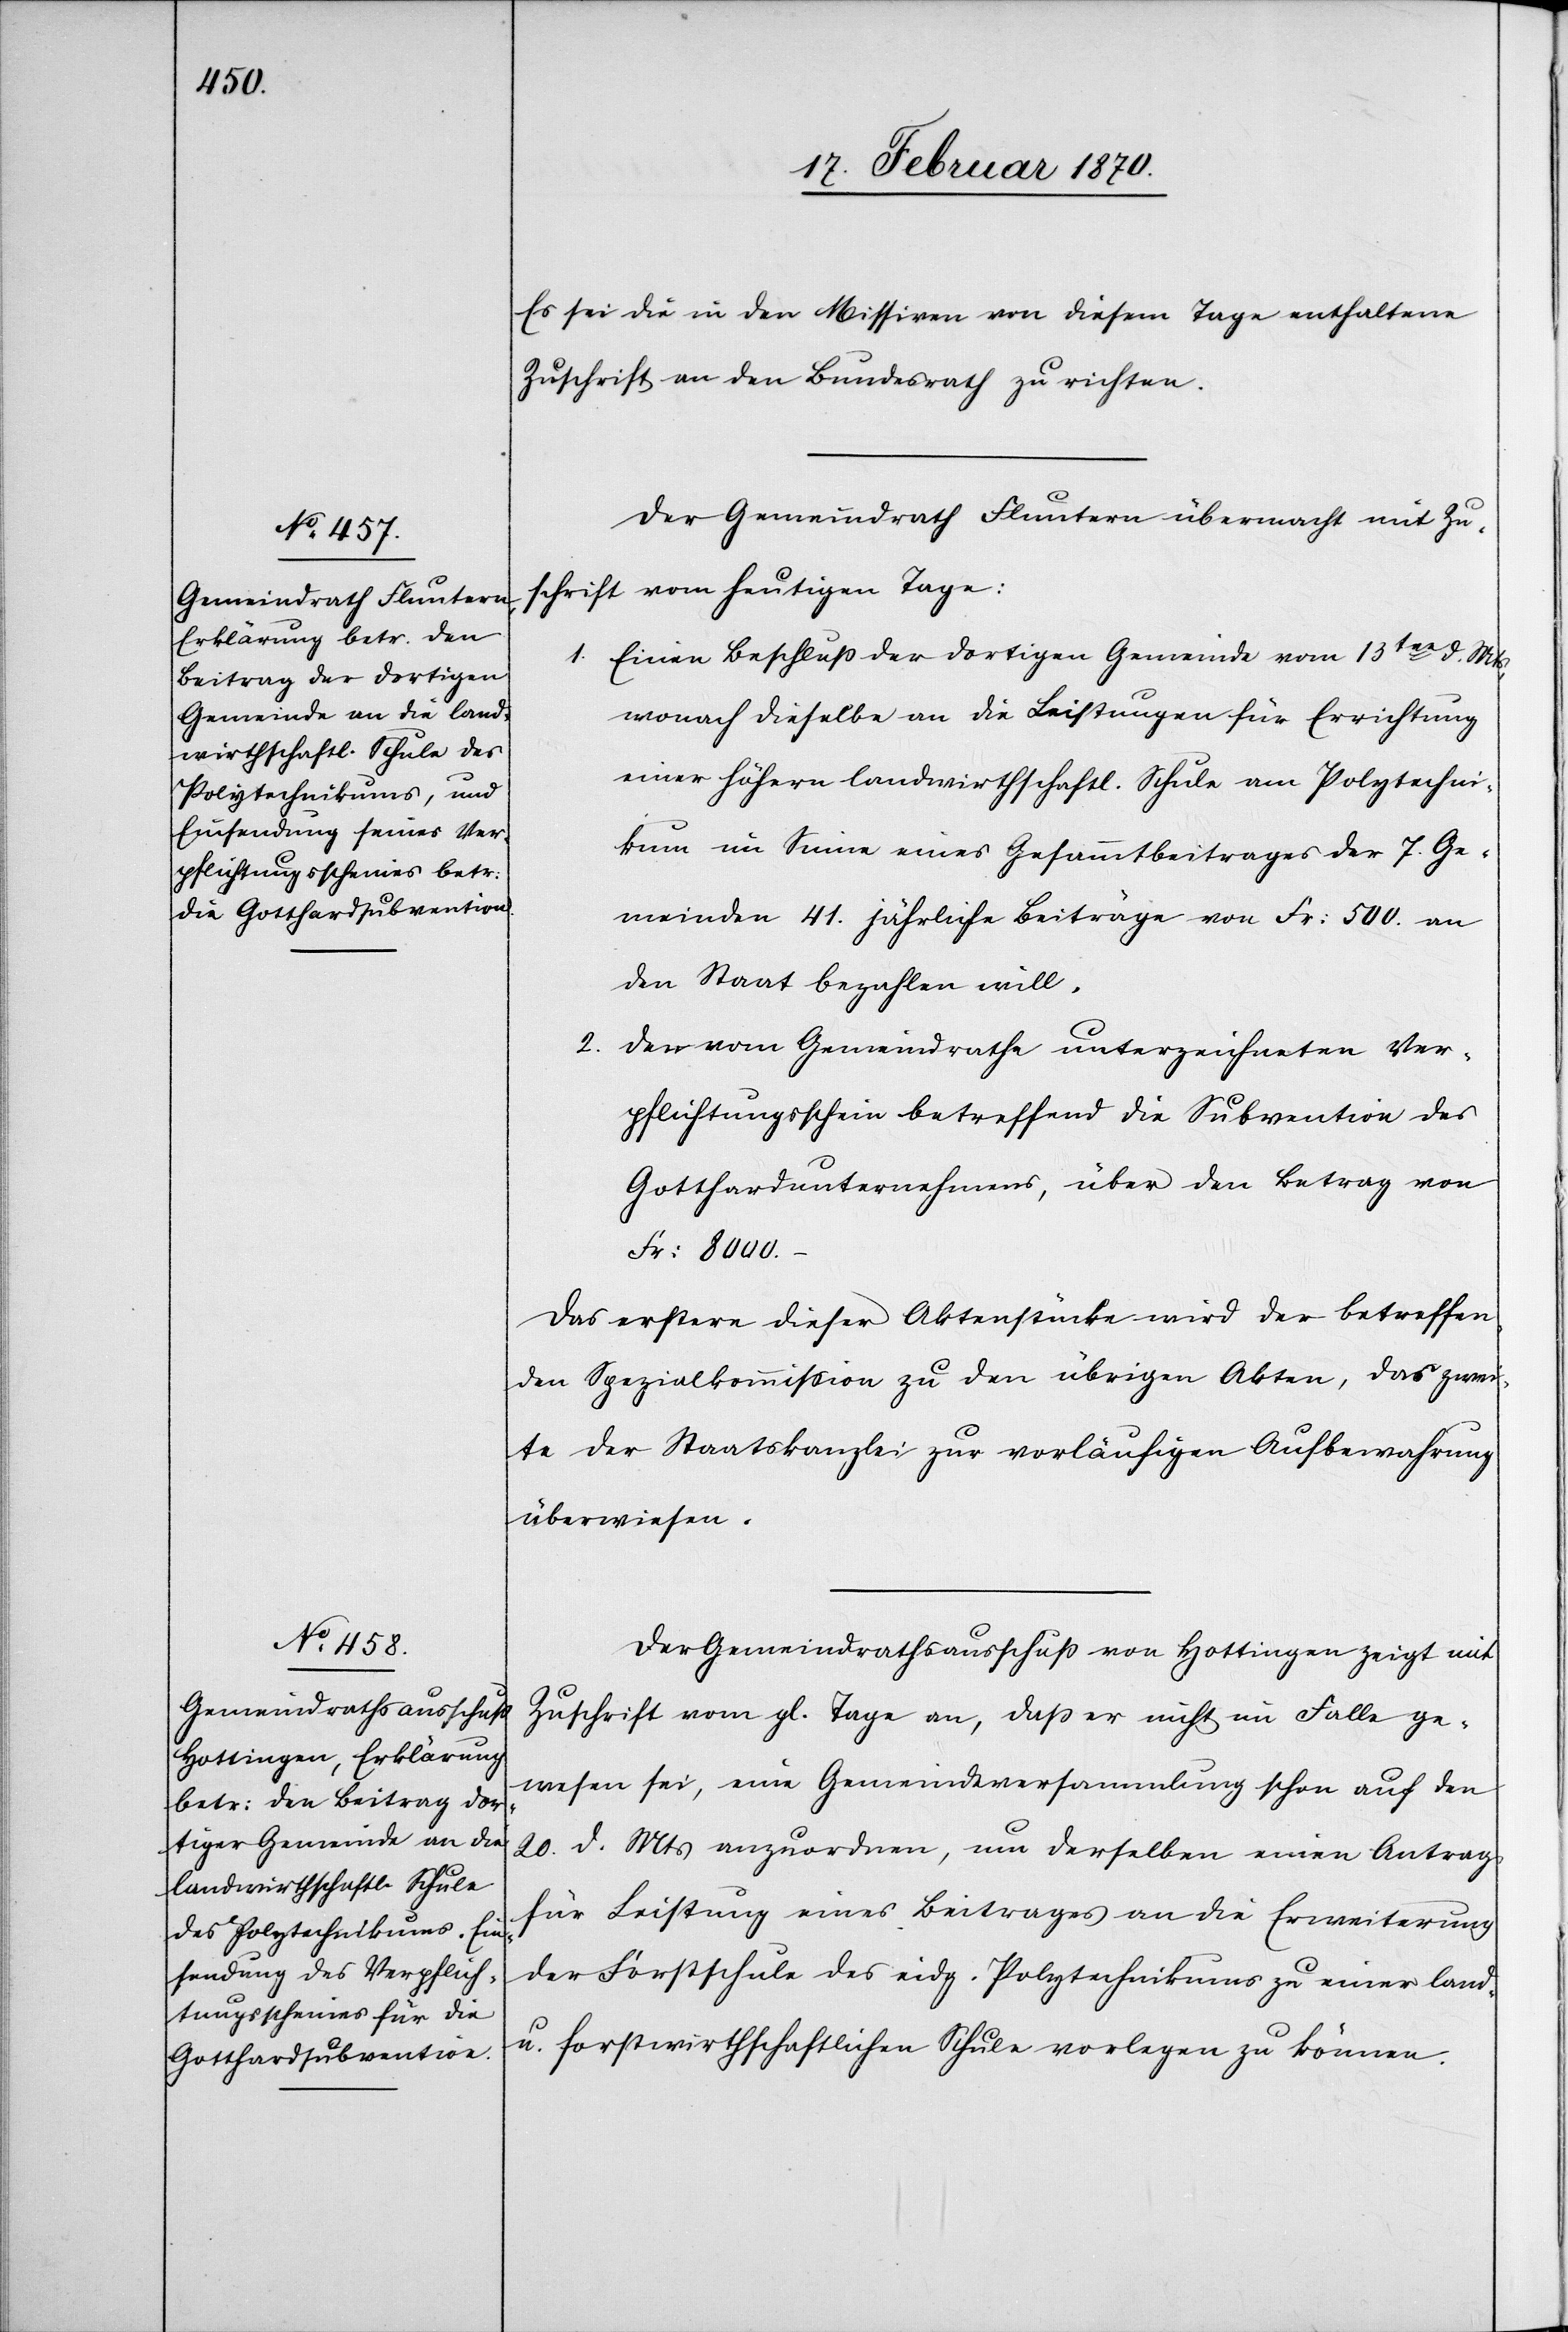
19. Februar 1870.]
Es sei die in den Missiven von diesem Tage enthaltene
Zuschrift an den Bundesrath zu richten.
Der Gemeindrath Fluntern übermacht mit Zu¬
schrift vom heutigen Tage:
1. Einen Beschluss der dortigen Gemeinde vom 13ten d. Mts,
wonach dieselbe an die Leistungen für Errichtung
einer höhern landwirthschaftl. Schule am Polytechni¬
kum im Sinne eines Gesammtbeitrages der 7. Ge¬
meinden 41. jährliche Beiträge von Fr: 500. an
den Staat bezahlen will.
2. Den vom Gemeindrathe unterzeichneten Ver¬
pflichtungsschein betreffend die Subvention des
Gotthardunternehmens, über den Betrag von
Fr: 8000.–
Das erstere dieser Aktenstücke wird der betreffen¬
den Spezialkommission zu den übrigen Akten, das zwei¬
te der Staatskanzlei zur vorläufigen Aufbewahrung
überwiesen.
Der Gemeindrathsausschluss von Hottingen zeigt mit
Zuschrift vom gl. Tage an, dass er nicht im Falle ge¬
wesen sei, eine Gemeindeversammlung schon auf den
20. d. Mts anzuordnen, um derselben einen Antrag
für Leistung eines Beitrages an die Erweiterung
der Forstschule des eidg. Polytechnikums zu einer land-
u. forstwirthschaftlichen Schule vorlegen zu können.